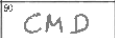
Transcription: CMD